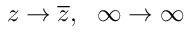
z \rightarrow { \overline { { z } } } , \ \ \infty \rightarrow \infty \quad